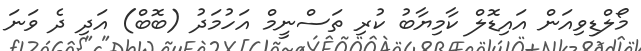
މޯލްޑިވިއަން އައިޑޮލް ކާމިޔާބު ކުރި ތަސްނީމް އަހުމަދު (ބޮބް) އަދި ދެ ވަނަ